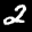
Label: 2